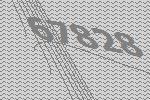
67828